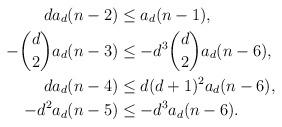
LaTeX: \begin{align*} da_d(n-2) &\leq a_d(n-1), \\-\binom{d}{2} a_d(n-3) & \leq -d^3 \binom{d}{2} a_d(n-6),\\da_d(n-4) & \leq d(d+1)^2 a_d(n-6),\\-d^2a_d(n-5) & \leq -d^3a_d(n-6).\end{align*}